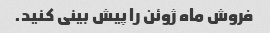
فروش ماه ژوئن را پیش بینی کنید.